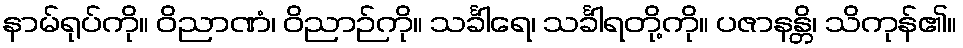
နာမ်ရုပ်ကို။ ဝိညာဏံ၊ ဝိညာဉ်ကို။ သင်္ခါရေ၊ သင်္ခါရတို့ကို။ ပဇာနန္တိ၊ သိကုန်၏။